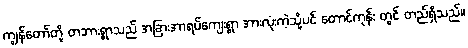
ကျွန်တော်တို့ တဘားရွာသည် အခြားအာရပ်ကျေးရွာ အားလုံးကဲ့သို့ပင် တောင်ကုန်း တွင် တည်ရှိသည်။